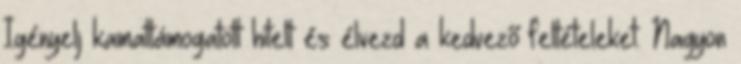
Igényelj kamattámogatott hitelt és élvezd a kedvező feltételeket. Nagyon